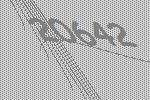
20642